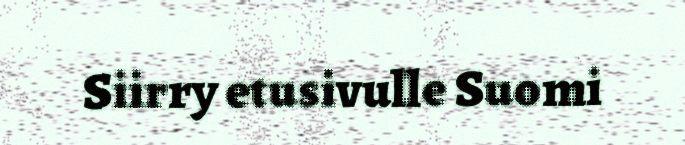
Siirry etusivulle Suomi